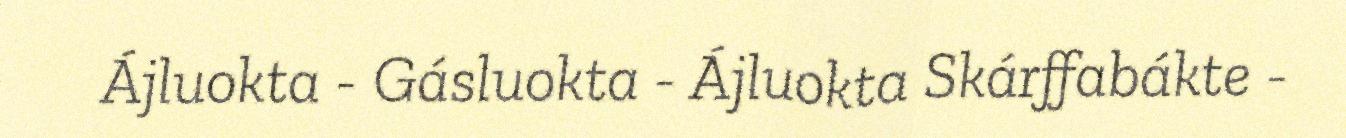
Ájluokta - Gásluokta - Ájluokta Skárffabákte -